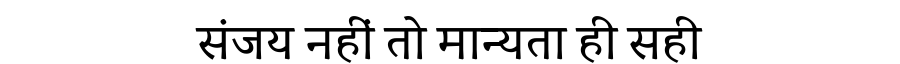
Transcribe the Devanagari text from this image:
संजय नहीं तो मान्यता ही सही